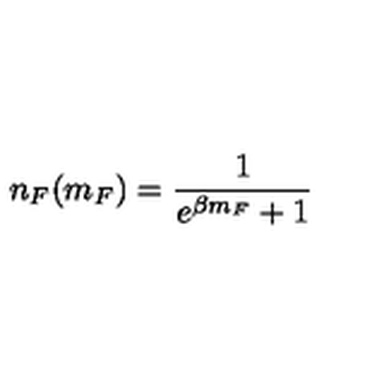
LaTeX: n _ { F } ( m _ { F } ) = { \frac { 1 } { e ^ { \beta m _ { F } } + 1 } }